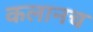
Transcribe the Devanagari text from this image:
कलानच